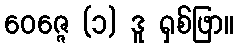
ဝေဇ္ဇေ (၁) ဒူ ရှစ်ဖြာ။